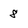
Character: 8